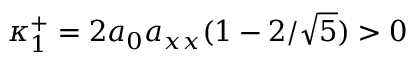
\kappa _ { 1 } ^ { + } = 2 a _ { 0 } a _ { x x } ( 1 - 2 / \sqrt { 5 } ) > 0